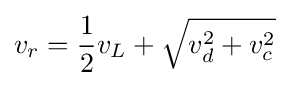
v_{r}={\frac {1}{2}}v_{L}+{\sqrt {v_{d}^{2}+v_{c}^{2}}}